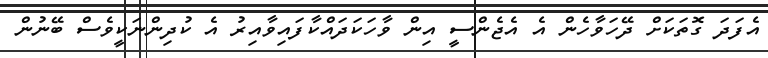
އެފަދަ ގޮތަކަށް ދޭހަވާހެން އެ އެޖެންސީ އިން ވާހަކަދައްކާފައިވާއިރު އެ ކުދިންނަކީވެސް ބޭނުން